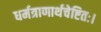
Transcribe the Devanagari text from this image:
धर्मत्राणार्थचेष्टितः।